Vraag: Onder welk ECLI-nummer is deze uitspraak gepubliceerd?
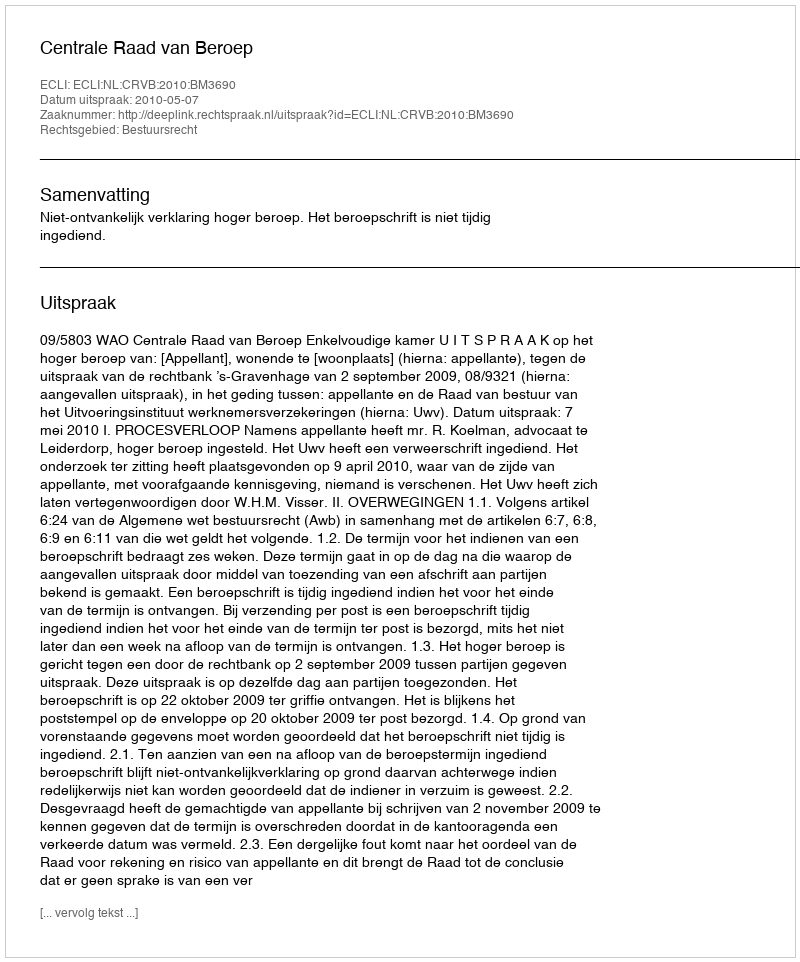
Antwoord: ECLI:NL:CRVB:2010:BM3690